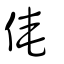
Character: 俺